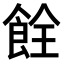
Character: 𫗐